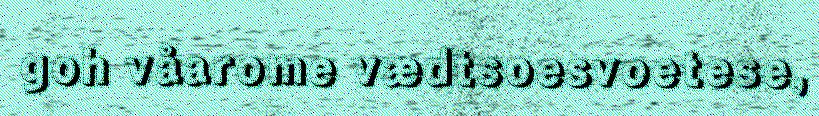
goh våarome vædtsoesvoetese,